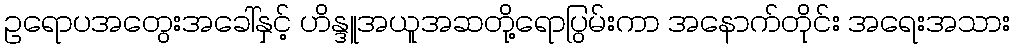
ဥရောပအတွေးအခေါ်နှင့် ဟိန္ဒူအယူအဆတို့ရောပြွမ်းကာ အနောက်တိုင်း အရေးအသား